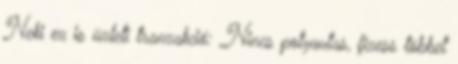
Neki ez is üzleti tranzakció: „Nincs potyautas, fizess többet